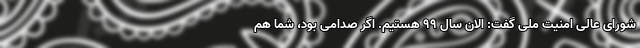
شورای عالی امنیت ملی گفت: الان سال 99 هستیم. اگر صدامی بود، شما هم